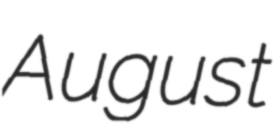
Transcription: August